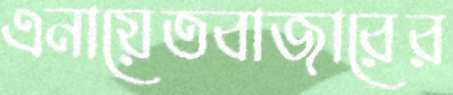
এনায়েতবাজারের